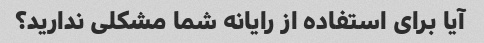
آیا برای استفاده از رایانه شما مشکلی ندارید؟